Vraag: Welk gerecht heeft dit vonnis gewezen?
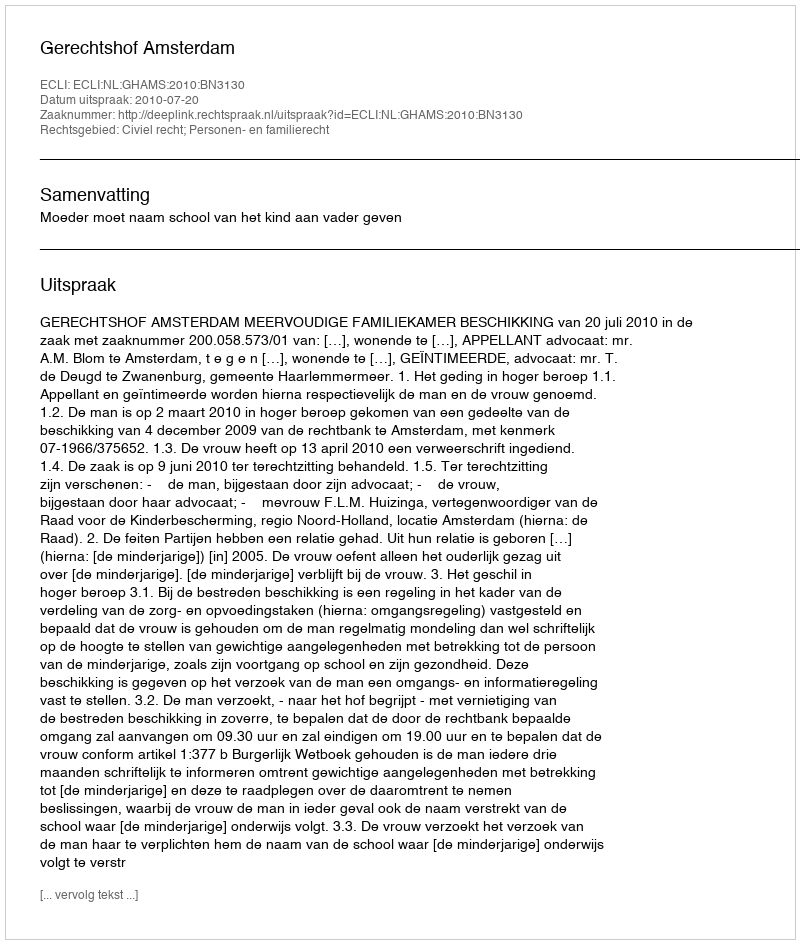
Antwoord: Gerechtshof Amsterdam